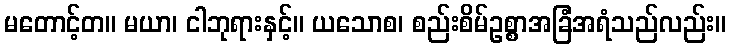
မတောင့်တ။ မယာ၊ ငါဘုရားနှင့်။ ယသောစ၊ စည်းစိမ်ဥစ္စာအခြံအရံသည်လည်း။